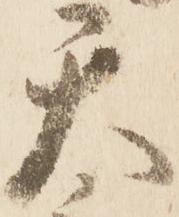
天